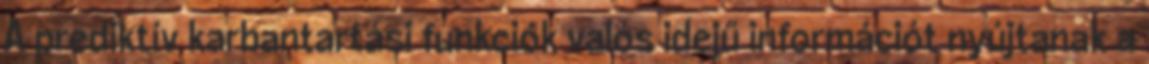
A prediktív karbantartási funkciók valós idejű információt nyújtanak a